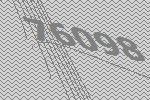
76098